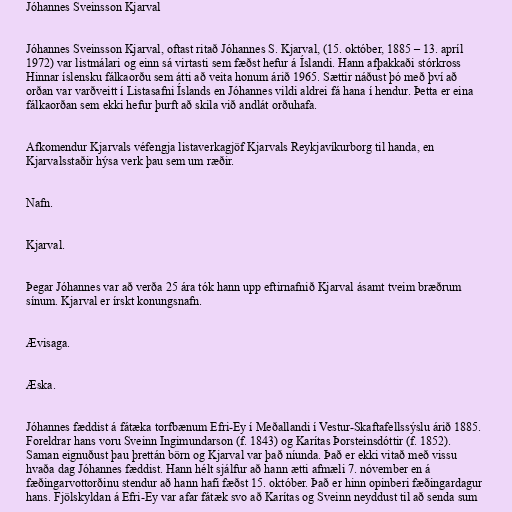
Jóhannes Sveinsson Kjarval

Jóhannes Sveinsson Kjarval, oftast ritað Jóhannes S. Kjarval, (15. október, 1885 – 13. apríl
1972) var listmálari og einn sá virtasti sem fæðst hefur á Íslandi. Hann afþakkaði stórkross
Hinnar íslensku fálkaorðu sem átti að veita honum árið 1965. Sættir náðust þó með því að
orðan var varðveitt í Listasafni Íslands en Jóhannes vildi aldrei fá hana í hendur. Þetta er eina
fálkaorðan sem ekki hefur þurft að skila við andlát orðuhafa.

Afkomendur Kjarvals véfengja listaverkagjöf Kjarvals Reykjavíkurborg til handa, en
Kjarvalsstaðir hýsa verk þau sem um ræðir.

Nafn.

Kjarval.

Þegar Jóhannes var að verða 25 ára tók hann upp eftirnafnið Kjarval ásamt tveim bræðrum
sínum. Kjarval er írskt konungsnafn.

Ævisaga.

Æska.

Jóhannes fæddist á fátæka torfbænum Efri-Ey í Meðallandi í Vestur-Skaftafellssýslu árið 1885.
Foreldrar hans voru Sveinn Ingimundarson (f. 1843) og Karítas Þorsteinsdóttir (f. 1852).
Saman eignuðust þau þrettán börn og Kjarval var það níunda. Það er ekki vitað með vissu
hvaða dag Jóhannes fæddist. Hann hélt sjálfur að hann ætti afmæli 7. nóvember en á
fæðingarvottorðinu stendur að hann hafi fæðst 15. október. Það er hinn opinberi fæðingardagur
hans. Fjölskyldan á Efri-Ey var afar fátæk svo að Karítas og Sveinn neyddust til að senda sum